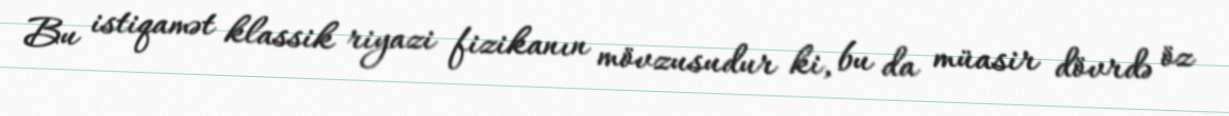
Bu istiqamət klassik riyazi fizikanın mövzusudur ki, bu da müasir dövrdə öz